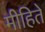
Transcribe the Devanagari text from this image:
मीहिते